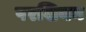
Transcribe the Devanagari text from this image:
परशियन